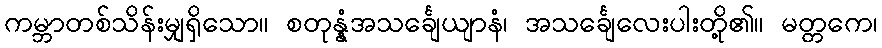
ကမ္ဘာတစ်သိန်းမျှရှိသော။ စတုန္နံအသင်္ချေယျာနံ၊ အသင်္ချေလေးပါးတို့၏။ မတ္တကေ၊